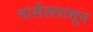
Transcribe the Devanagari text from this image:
मार्सेलपासून